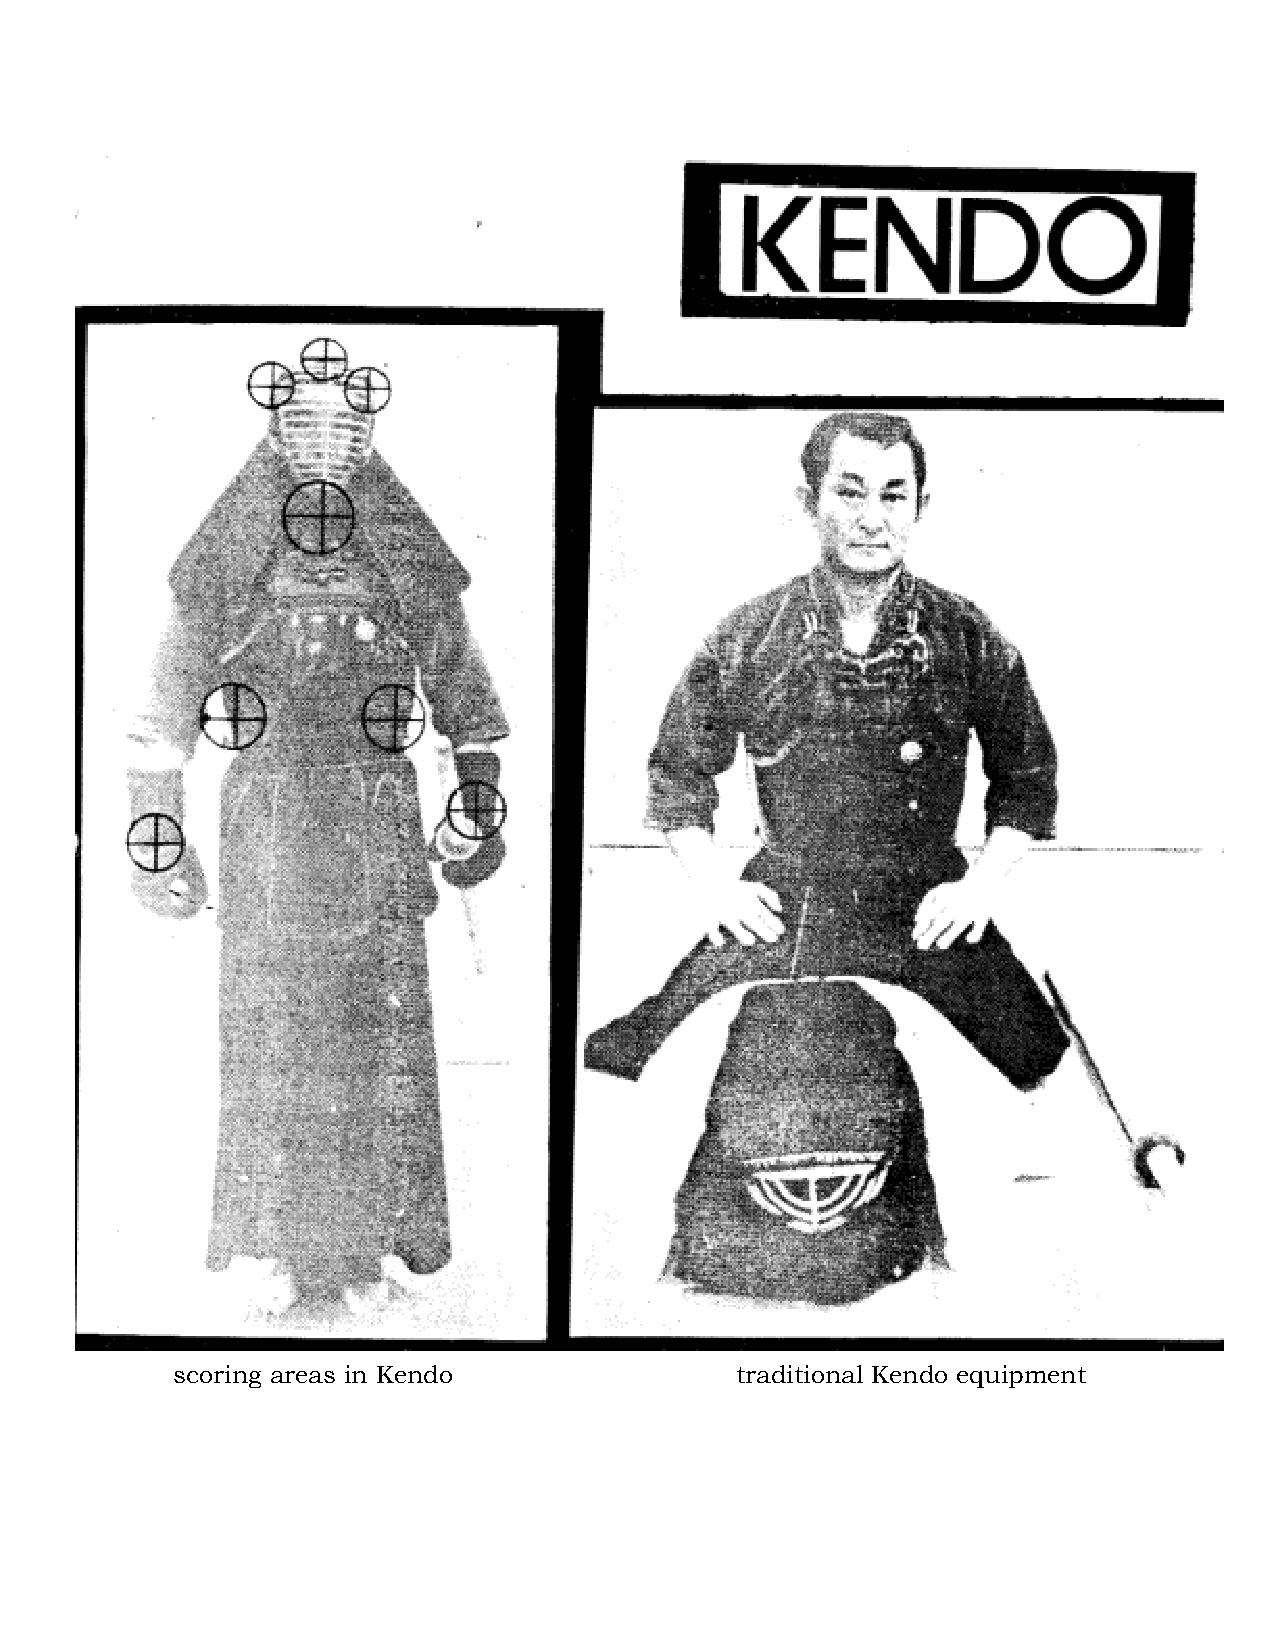
scoring areas in Kendo                traditional Kendo equipment